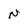
Character: N